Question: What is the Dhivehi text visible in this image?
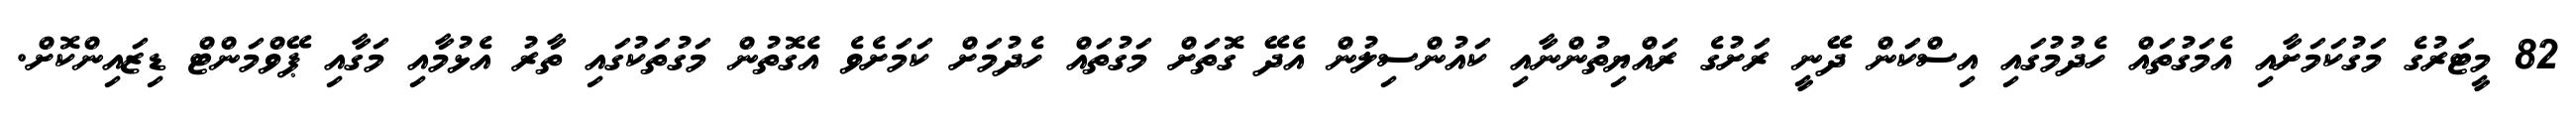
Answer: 82 މީޓަރުގެ މަގުކަމަށާއި އެމަގުތައް ހެދުމުގައި އިސްކަން ދޭނީ ރަށުގެ ރައްޔިތުންނާއި ކައުންސިލުން އެދޭ ގޮތަށް މަގުތައް ހެދުމަށް ކަމަށެވެ އެގޮތުން މަގުތަކުގައި ތާރު އެޅުމާއި މަގާއި ޕޭވްމަންޓް ޑިޒައިންކޮށް.